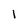
Character: 1